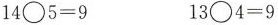
$$14\bigcirc 5=9$$ $$13\bigcirc 4=9$$